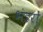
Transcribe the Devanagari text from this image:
भंडरों